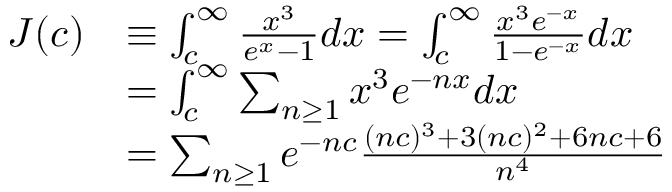
{ \begin{array} { r l } { J ( c ) } & { \equiv \int _ { c } ^ { \infty } { \frac { x ^ { 3 } } { e ^ { x } - 1 } } d x = \int _ { c } ^ { \infty } { \frac { x ^ { 3 } e ^ { - x } } { 1 - e ^ { - x } } } d x } \\ & { = \int _ { c } ^ { \infty } \sum _ { n \geq 1 } x ^ { 3 } e ^ { - n x } d x } \\ & { = \sum _ { n \geq 1 } e ^ { - n c } { \frac { ( n c ) ^ { 3 } + 3 ( n c ) ^ { 2 } + 6 n c + 6 } { n ^ { 4 } } } } \end{array} }